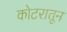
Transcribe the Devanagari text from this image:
कोटरातून